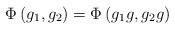
LaTeX: \begin{align*}\Phi \left( g_1,g_2\right) =\Phi \left( g_1g,g_2g\right)\end{align*}